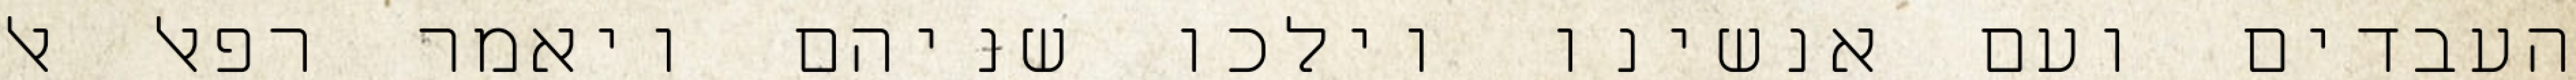
העבדים ועם אנשינו וילכו שניהם ויאמר רפאל אל